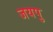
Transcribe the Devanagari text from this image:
जयपु